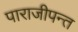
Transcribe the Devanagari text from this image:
पाराजीपन्त